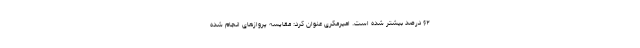
۶۲ درصد بیشتر شده است. امیرمکری عنوان کرد: مقایسه پروازهای انجام شده